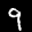
Label: 9